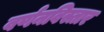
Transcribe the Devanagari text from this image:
वर्णनविस्तार